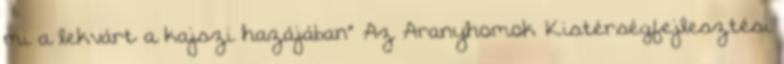
mi a lekvárt a kajszi hazájában” Az Aranyhomok Kistérségfejlesztési